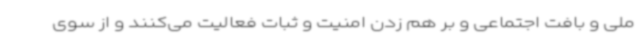
ملی و بافت اجتماعی و بر هم زدن امنیت و ثبات فعالیت می‌کنند و از سوی